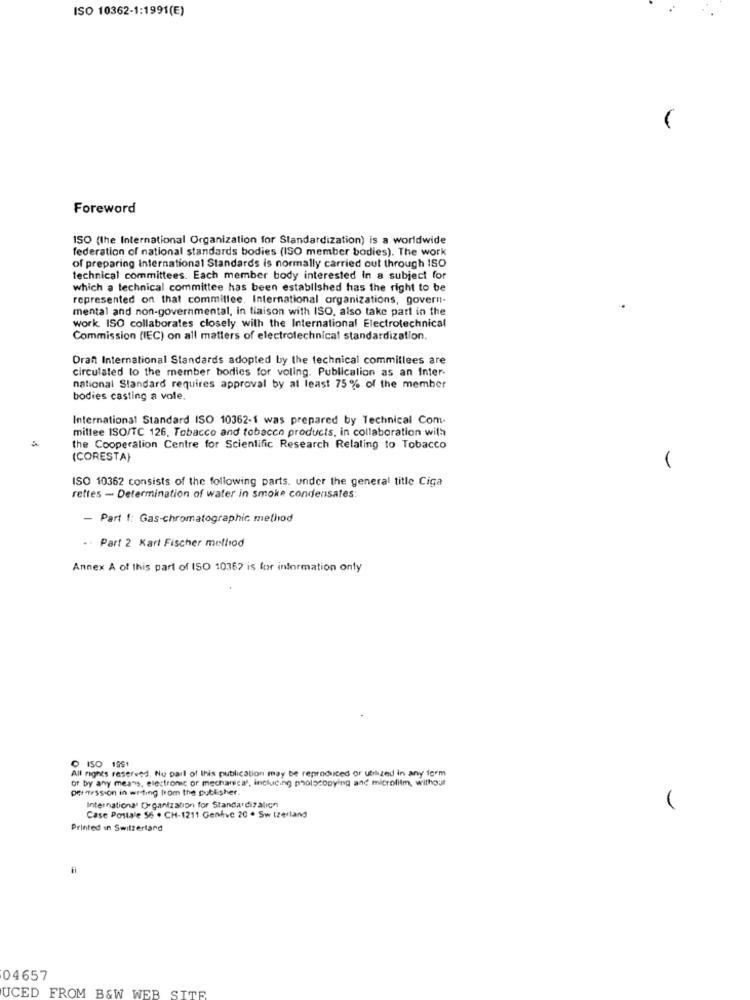
ISO 10362-1:1991(E)
-
Foreword
ISO (the International Organization for Standardization) is a worldwide
federation of national standards bodies (ISO member bodies). The work
of preparing International Standards is normally carried out through ISO
technical committees. Each member body interested In a subject for
which a technical committee has been established has the right to be
represented on that committee, International organizations, govern-
mental and non-governmental, in liaison with ISO, also take part in the
work ISO collaborates closely with the International Electrotechnical
Commission (IEC) on all matters of electrotechnical standardization.
Drant International Standards adopted by the technical commillees are
circulated to the member bodies for voling. Publicalion as an Inter-
national Standard requires approval by at least 75% of the member
bodies casting a vole.
International Standard ISO 10362-1 was prepared by Technical Com-
mittee ISO/TC 126, Tobacco and tobacco products, in collaboration with
the Cooperation Centre for Scientific Research Relating to Tobacco
(CORESTA)
ISO 10362 consists of the following parts. under the general title Ciga
rettes - Determination of water in smoke condensates:
- Part f: Gas-chromatographic method
-. Part 2 Karl Fischer method
Annex A of this part of ISO 10362 is for information only
All rights reserved. Nu parl of this publication may be reproduced or utilized in any form
ISO 1991
or by any means, electronic or mechanical, including photocopying and microfilm, without
pet ession in writing from the publisher.
International Organization for Standardizalign
Case Postale 56 . CH-1211 Genève 20 . Switzerland
Printed in Switzerland
04657
UCED FROM B&W WEB SITE